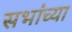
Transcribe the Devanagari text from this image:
सभांच्या